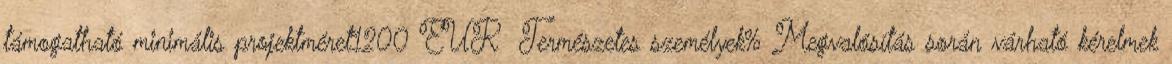
támogatható minimális projektméret1200 EUR ▪Természetes személyek%▪Megvalósítás során várható kérelmek